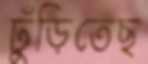
ঢুঁড়িতেছ